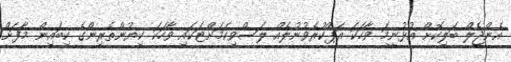
އެންޖެލް ބަލިކޮށް އުޅުނީމަ ވާހަކަ އަޕްކުރެވުނުލެއް ލަސްވިކަމަށްޓަކައި ވާހަކަ ކިޔުންތެރިންގެ ކިބައިން މާފަށް